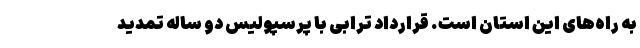
به راه‌های این استان است. قرارداد ترابی با پرسپولیس دو ساله تمدید